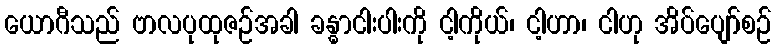
ယောဂီသည် ဗာလပုထုဇဉ်အခါ ခန္ဓာငါးပါးကို ငါ့ကိုယ်၊ ငါ့ဟာ၊ ငါဟု အိပ်ပျော်စဉ်